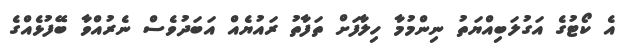
އެ ކޯޓުގެ އަގުލަބިއްޔަތު ނިންމުމާ ހިލާފަށް ތަފާތު ރައުޔެއް އަބަދުވެސް ނެރުއްވާ ބޭފުޅެއްގެ